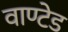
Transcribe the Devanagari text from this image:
वाण्टेड